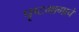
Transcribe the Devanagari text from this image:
पृष्टभागाचे